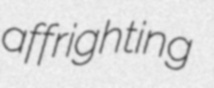
affrighting